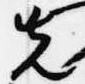
先